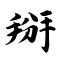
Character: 掰